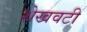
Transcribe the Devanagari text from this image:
शेखवटी